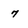
Character: 7